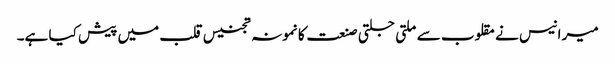
میر انیس نے مقلوب سے ملتی جلتی صنعت کا نمونہ تجنیس قلب میں پیش کیا ہے۔